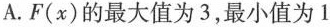
A.F(x)的最大值为3，最小值为1